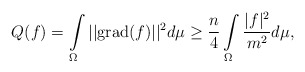
\begin{align*} Q(f)=\int\limits_\Omega||\mathrm{grad}(f)||^2 d\mu \geq \frac{n}{4} \int\limits_\Omega \frac{|f|^2}{m^2}d\mu,\end{align*}